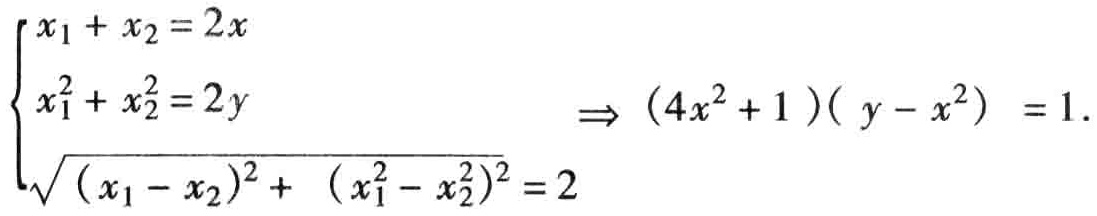
\[\left\{\begin{array}{l}
x_{1}+x_{2}=2 x \\
x_{1}^{2}+x_{2}^{2}=2 y \\
\sqrt{\left(x_{1}-x_{2}\right)^{2}+\left(x_{1}^{2}-x_{2}^{2}\right)^{2}}=2
\end{array} \Rightarrow\left(4 x^{2}+1\right)\left(y - x^{2}\right)=1\right..\]